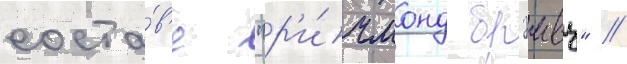
соста́в'е "р'и́чмонд брэивз" //